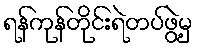
ရန်ကုန်တိုင်းရဲတပ်ဖွဲ့မှ